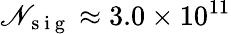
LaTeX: \mathscr{N}_{\mathrm{~s~i~g~}}\approx 3.0\times 10^{11}